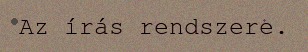
Az írás rendszere.